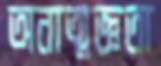
অনাত্মজ্ঞতা